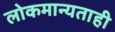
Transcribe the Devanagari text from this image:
लोकमान्यताही